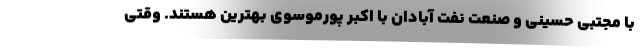
با مجتبی حسینی و صنعت نفت آبادان با اکبر پورموسوی بهترین هستند. وقتی